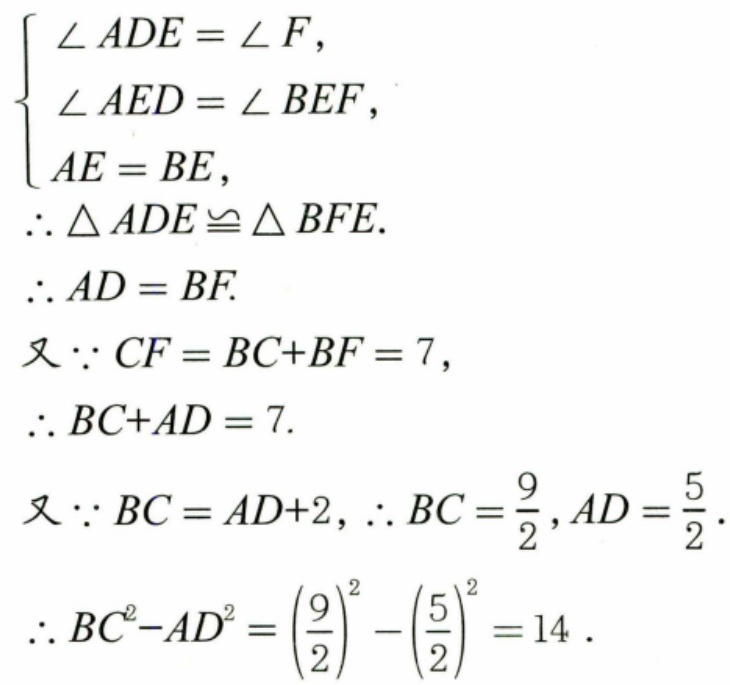
\[
\begin{cases}
\angle ADE = \angle F, \\
\angle AED = \angle BEF, \\
AE = BE,
\end{cases}
\]
\(\therefore \triangle ADE\cong \triangle BFE.\)
\(\therefore AD = BF.\)
又\(\because CF = BC + BF = 7,\)
\(\therefore BC + AD = 7.\)
又\(\because BC = AD + 2,\therefore BC=\dfrac{9}{2},AD=\dfrac{5}{2}.\)
\(\therefore BC^{2}-AD^{2}=\left(\dfrac{9}{2}\right)^{2}-\left(\dfrac{5}{2}\right)^{2}=14.\)